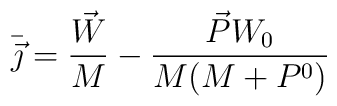
\bar{\vec{\jmath}}=\frac{\vec{W}}{M}-\frac{\vec{P}W_0}{M(M+P^0)}